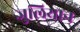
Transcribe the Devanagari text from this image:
जुलियान